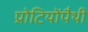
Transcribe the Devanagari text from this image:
प्रोटियोंपैथी